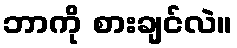
ဘာကို စားချင်လဲ။